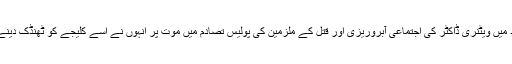
اگرچہ حیدرآباد میں ویٹنری ڈاکٹر کی اجتماعی آبروریزی اور قتل کے ملزمین کی پولیس تصادم میں موت پر انہوں نے اسے کلیجے کو ٹھنڈک دینے والا بتایا ہے۔